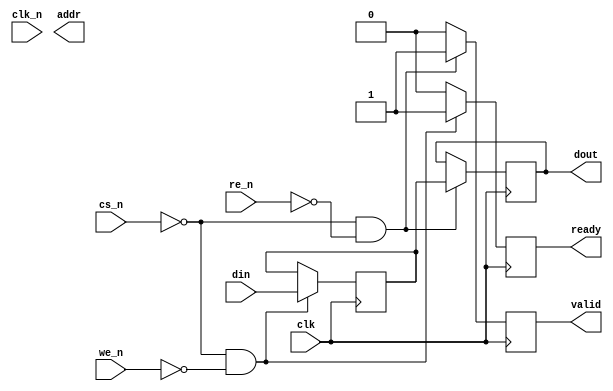
module gddr3_io_block #(
    parameter DATA_WIDTH = 8,  // Width of the data bus (e.g., x4, x8)
    parameter ADDR_WIDTH = 16   // Address width
)(
    input wire clk,                   // Main clock
    input wire clk_n,                 // Inverted clock for differential signaling
    input wire cs_n,                  // Chip Select (active low)
    input wire we_n,                  // Write Enable (active low)
    input wire re_n,                  // Read Enable (active low)
    input wire [DATA_WIDTH-1:0] din,  // Data input from the controller
    output reg [DATA_WIDTH-1:0] dout, // Data output to the controller
    output reg [ADDR_WIDTH-1:0] addr, // Address bus
    output reg valid,                 // Output data valid signal
    output reg ready                  // Ready signal for data transfer
);

// Internal signals
reg [DATA_WIDTH-1:0] data_buffer;      // Buffer for incoming data
reg [ADDR_WIDTH-1:0] address_reg;      // Register to hold address
reg [3:0] state;                       // State machine state
localparam IDLE = 0, READ = 1, WRITE = 2;

// Power management state
reg low_power_mode;

// Input Buffer for Read Path
always @(posedge clk) begin
    if (!cs_n && !re_n) begin // Active CS and RE
        dout <= data_buffer;   // Output data
        valid <= 1'b1;         // Data valid
    end else begin
        valid <= 1'b0;         // Data not valid
    end
end

// Output Buffer for Write Path
always @(posedge clk) begin
    if (!cs_n && !we_n) begin // Active CS and WE
        data_buffer <= din;     // Latch input data
        ready <= 1'b1;          // Indicate data is ready to be written
    end else begin
        ready <= 1'b0;          // Not ready
    end
end

// Address Handling
always @(posedge clk) begin
    if (!cs_n) begin
        address_reg <= addr;     // Latch address when CS is active
    end
end

// State Machine for Operation Control
always @(posedge clk) begin
    case (state)
        IDLE: begin
            if (!cs_n && !we_n) begin
                state <= WRITE;    // Transition to WRITE state
            end else if (!cs_n && !re_n) begin
                state <= READ;     // Transition to READ state
            end
        end
        READ: begin
            // Read operation logic here
            state <= IDLE;          // Back to IDLE
        end
        WRITE: begin
            // Write operation logic here
            state <= IDLE;          // Back to IDLE
        end
        default: state <= IDLE;      // Default to IDLE
    endcase
end

endmodule